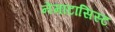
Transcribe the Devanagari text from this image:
नेमाटासिस्ट